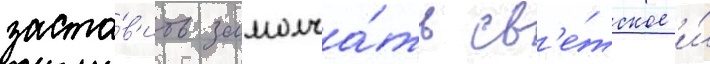
заста́в'ить замолча́ть св'е́тское и́